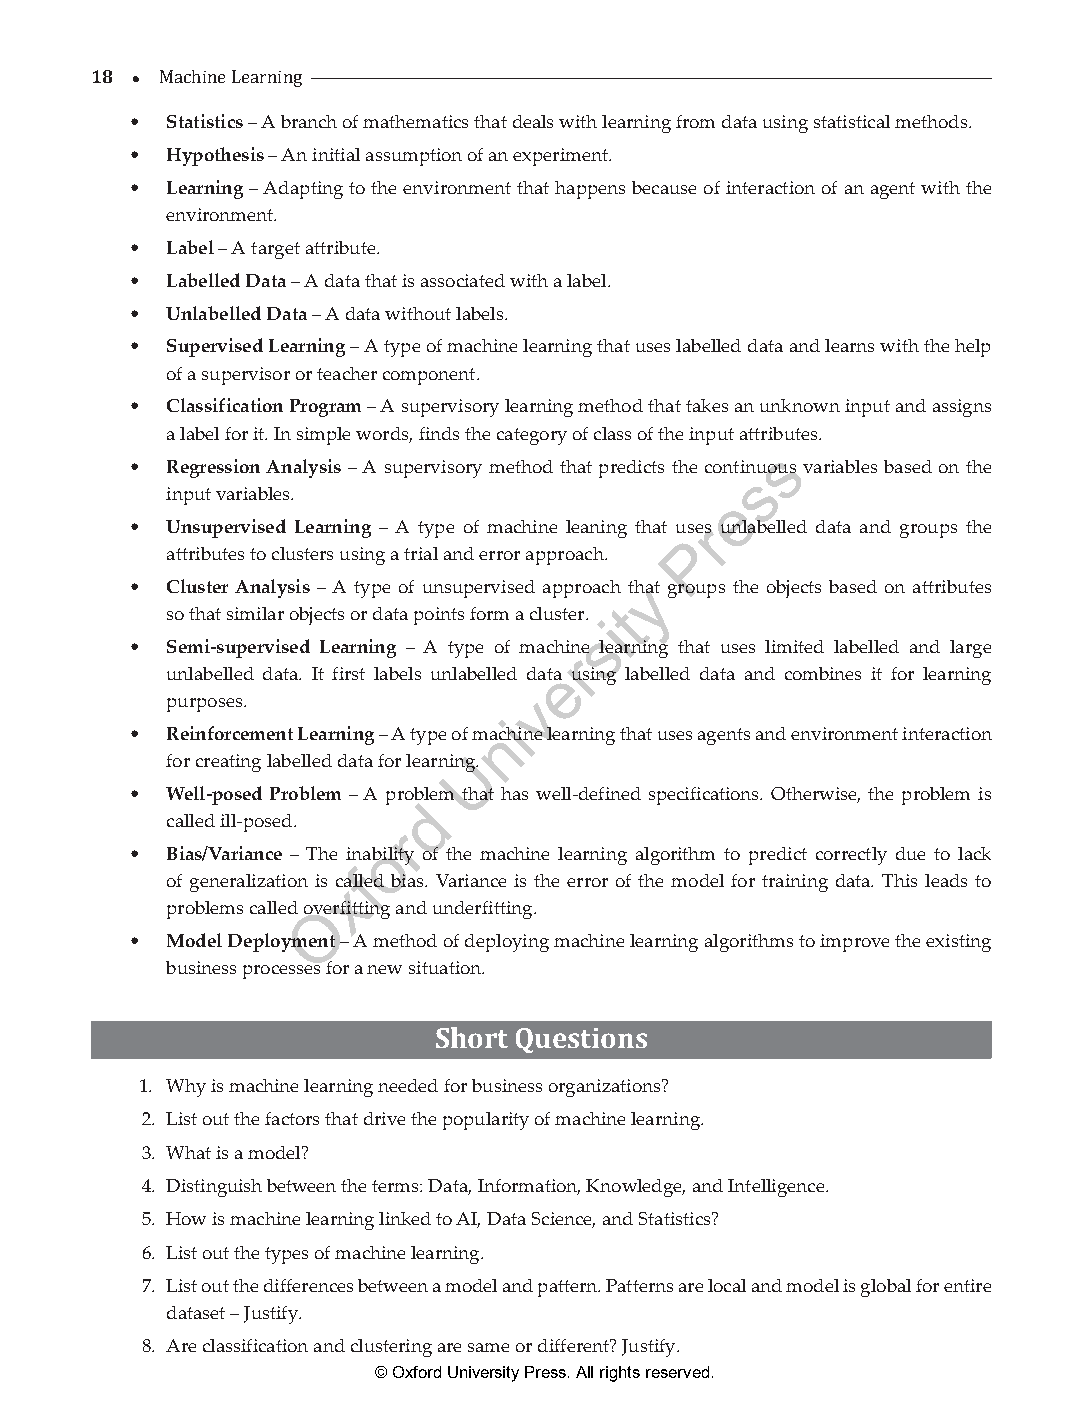
18 
 • M Satcahtiisntei cLse –a rAn ibnrganch of mathematics that deals with learning from data using statistical methods.
 • Hypothesis – An initial assumption of an experiment.
 • Learning – Adapting to the environment that happens because of interaction of an agent with the
 environment.
 • Label – A target attribute.
 • Labelled Data – A data that is associated with a label.
 • Unlabelled Data – A data without labels.
 • Supervised Learning – A type of machine learning that uses labelled data and learns with the help
 of a supervisor or teacher component.
 • Classification Program – A supervisory learning method that takes an unknown input and assigns
 a label for it. In simple words, finds the category of class of the input attributes.
 s
 • Regression Analysis – A supervisory method that predicts the continuous variables based on the
 s
 input variables.                     e
 • Unsupervised Learning – A type of machine leaning that users unlabelled data and groups the
 P
 attributes to clusters using a trial and error approach.
 • Cluster Analysis – A type of unsupervised approach thyat groups the objects based on attributes
 so that similar objects or data points form a cluster. t
 i
 s
 • Semi-supervised Learning – A type of machine learning that uses limited labelled and large
 r
 unlabelled data. It first labels unlabelled datea using labelled data and combines it for learning
 purposes.               v
 i
 • Reinforcement Learning – A type of manchine learning that uses agents and environment interaction
 for creating labelled data for learningU.
 • Well-posed Problem – A proble m that has well-defined specifications. Otherwise, the problem is
 d
 called ill-posed.
 r
 o
 • Bias/Variance – The inability of the machine learning algorithm to predict correctly due to lack
 f
 of generalization is cxalled bias. Variance is the error of the model for training data. This leads to
 problems called ovOerfitting and underfitting.
 • Model Deployment – A method of deploying machine learning algorithms to improve the existing
 business processes for a new situation.
 Short Questions
 1. Why is machine learning needed for business organizations?
 2. List out the factors that drive the popularity of machine learning.
 3. What is a model?
 4. Distinguish between the terms: Data, Information, Knowledge, and Intelligence.
 5. How is machine learning linked to AI, Data Science, and Statistics?
 6. List out the types of machine learning.
 7. List out the differences between a model and pattern. Patterns are local and model is global for entire
 dataset – Justify.
 8. Are classification and clustering are same or different? Justify.
 © Oxford University Press. All rights reserved.
 ML_01.indd 18                                                 26-Mar-21 3:12:42 PM